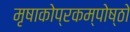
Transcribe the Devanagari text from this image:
मृषाकोप्रकम्पोष्ठो